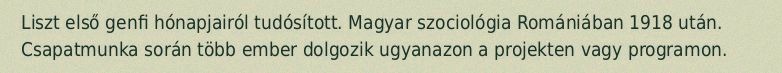
Liszt első genfi hónapjairól tudósított. Magyar szociológia Romániában 1918 után. Csapatmunka során több ember dolgozik ugyanazon a projekten vagy programon.